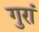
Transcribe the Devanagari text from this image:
गुरां